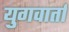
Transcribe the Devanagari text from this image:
युगवार्ता